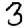
Digit: 3